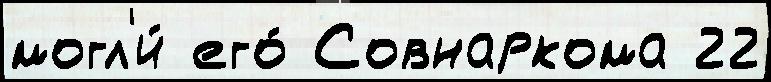
могл'и́ его́ Совнаркома 22